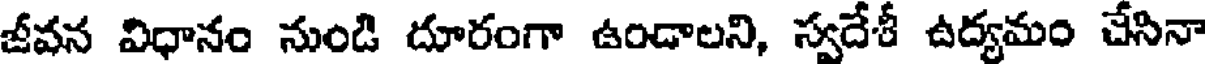
జీవన విధానం నుండి దూరంగా ఉండాలని, స్వదేశీ ఉద్యమం చేసినా